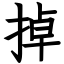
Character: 掉